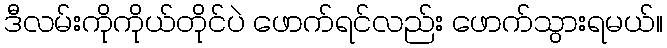
ဒီလမ်းကိုကိုယ်တိုင်ပဲ ဖောက်ရင်လည်း ဖောက်သွားရမယ်။